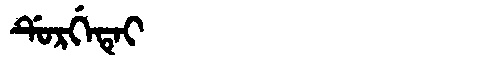
Manchu: ᡩᡠᡵᡤᡝᡨᡝᡳ
Romanization: DURGETEI